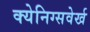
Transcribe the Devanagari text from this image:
क्येनिग्सवेर्ख